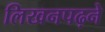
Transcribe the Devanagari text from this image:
लिखनपढ़ने